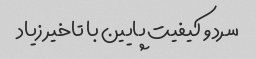
سرد و کیفیت پایین با تاخیر زیاد